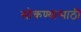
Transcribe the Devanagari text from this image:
सोकण्यासाठी